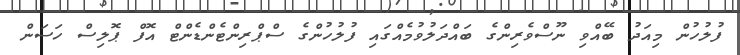
ފުލުހުން މިއަދު ބޭއްވި ނޫސްވެރިންގެ ބައްދަލުވުމެއްގައި ފުލުހުންގެ ސްޕްރިންޓެންޑެންޓް އޮފް ޕޮލިސް ހަސަން